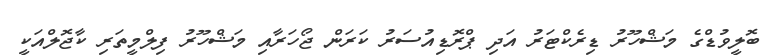
ބޮލީވުޑްގެ މަޝްހޫރު ޑިރެކްޓަރު އަދި ޕްރޮޑިއުސަރު ކަރަން ޖޯހަރާއި މަޝްހޫރު ފިލްމީތަރި ކާޖޮލްއަކީ